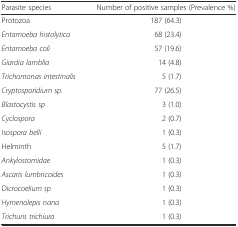
| Parasite species | Number of positive samples (Prevalence %) |
 | --- | --- |
 | Protozoa | 187 (64.3) |
 | Entamoeba histolytica | 68 (23.4) |
 | Entamoeba coli | 57 (19.6) |
 | Giardia lamblia | 14 (4.8) |
 | Trichomonas intestinalis | 5 (1.7) |
 | Cryptosporidium sp. | 77 (26.5) |
 | Blastocystis sp | 3 (1.0) |
 | Cyclospora | 2 (0.7) |
 | Isospora belli | 1 (0.3) |
 | Helminth | 5 (1.7) |
 | Ankylostomidae | 1 (0.3) |
 | Ascaris lumbricoides | 1 (0.3) |
 | Dicrocoelium sp | 1 (0.3) |
 | Hymenolepis nana | 1 (0.3) |
 | Trichuris trichiura | 1 (0.3) |